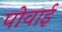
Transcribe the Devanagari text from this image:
पोवाई